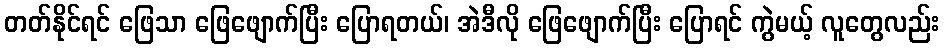
တတ်နိုင်ရင် ဖြေသာ ဖြေဖျောက်ပြီး ပြောရတယ်၊ အဲဒီလို ဖြေဖျောက်ပြီး ပြောရင် ကွဲမယ့် လူတွေလည်း